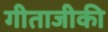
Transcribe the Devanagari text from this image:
गीताजीकी